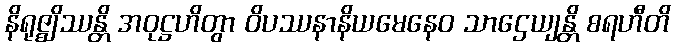
နိရုဇ္ဈိဿန္တိ အဝုဋ္ဌဟိတွာ ဝိပဿနာနိယမေနေဝ သာဌေယျန္တိ စရဟီတိ